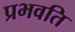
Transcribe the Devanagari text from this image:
प्रभवति